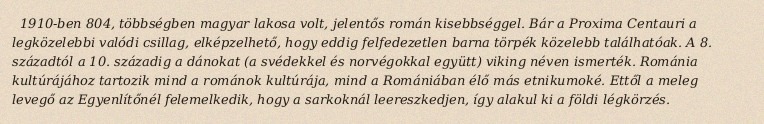
1910-ben 804, többségben magyar lakosa volt, jelentős román kisebbséggel. Bár a Proxima Centauri a legközelebbi valódi csillag, elképzelhető, hogy eddig felfedezetlen barna törpék közelebb találhatóak. A 8. századtól a 10. századig a dánokat (a svédekkel és norvégokkal együtt) viking néven ismerték. Románia kultúrájához tartozik mind a románok kultúrája, mind a Romániában élő más etnikumoké. Ettől a meleg levegő az Egyenlítőnél felemelkedik, hogy a sarkoknál leereszkedjen, így alakul ki a földi légkörzés.